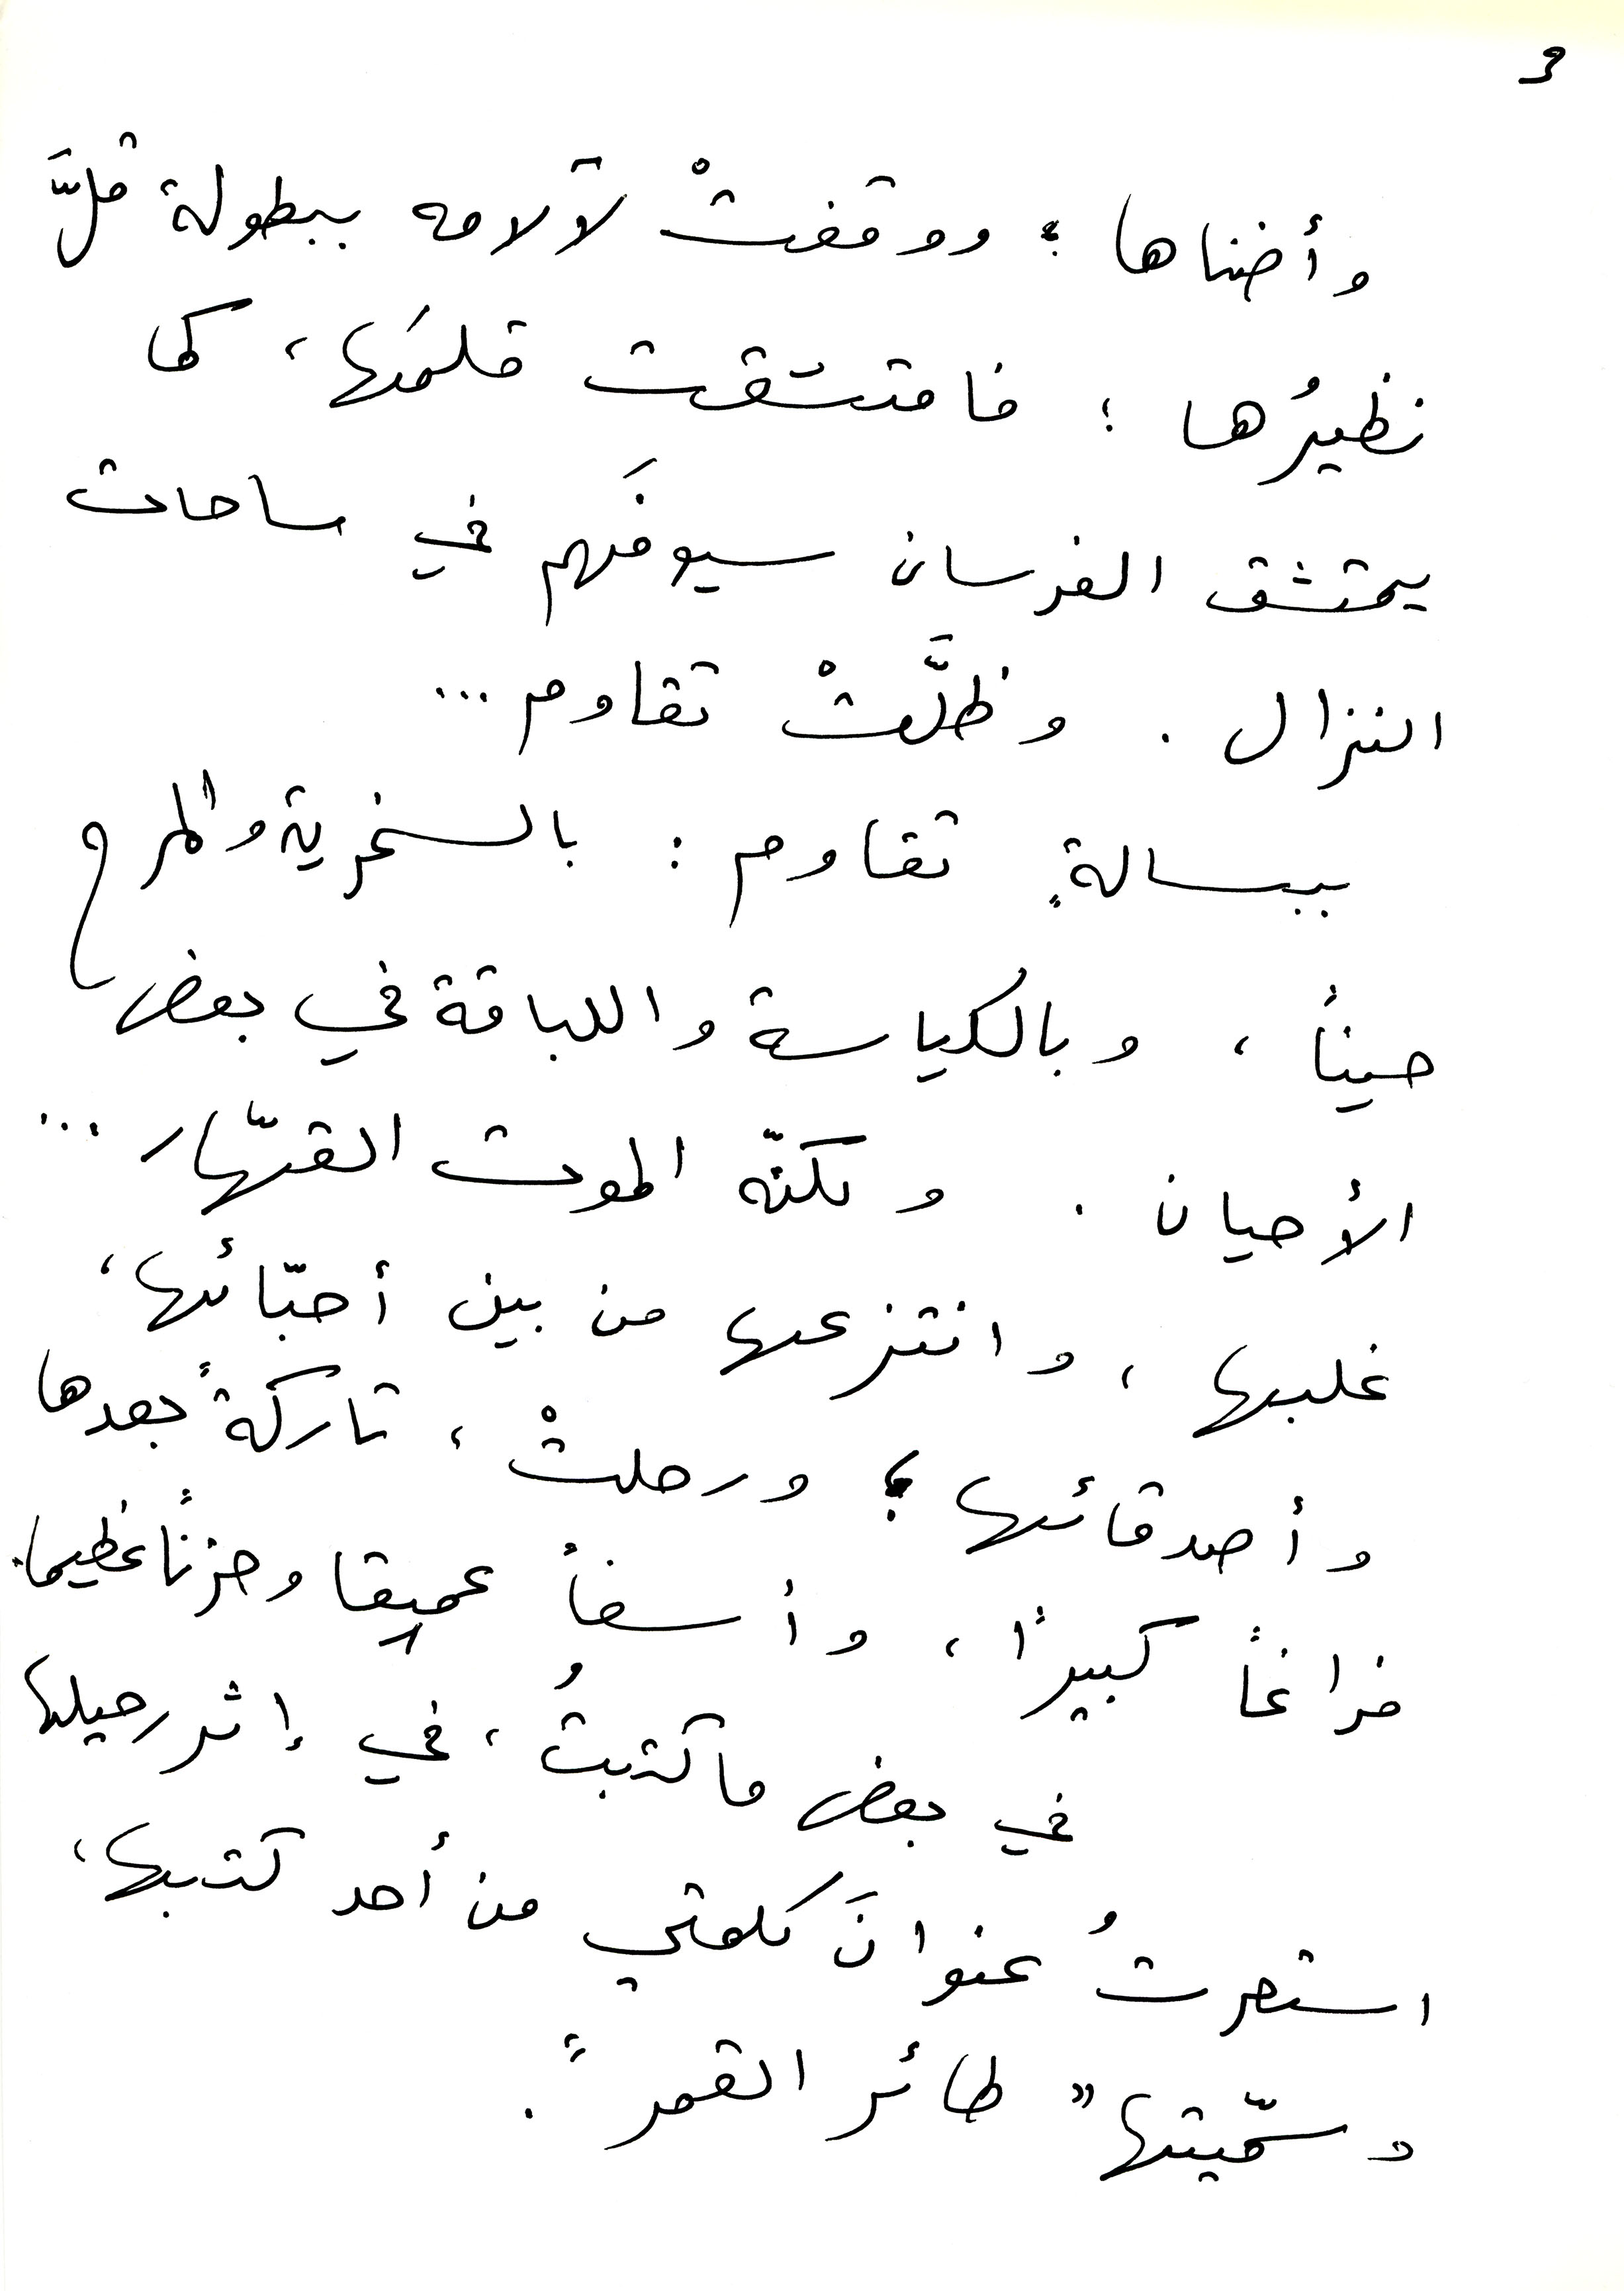
3
وأضناها؛ ووقفتْ لآلامه ببطولة قلَّ
نظيرُها؛ فامتشقت قلمَها، كما
يمتشق الفرسان سيوفَهم في ساحات
النزال. وظلّتْ تقاوم...
ببسالة. تقاوم: بالسخرية والمرح
حيناً، وبالكياسة واللباقة في بعض
الأحيان. ولكنّه الموت القهّار ...
غلبها، وانتزعها من بين أحبّائها،
وأصدقائها ؛ ورحلتْ، تاركةً بعدها
فراغاً كبيراً، وأسفاً عميقا وحزناَ عظيما.
في بعض ما كتبتُ، في إثر رحيلها
استعرتُ عنوانَ كلمتي من أحد كتبها،
وسمّيتها "طائر القمر".